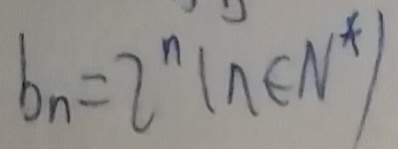
b _ { n } = 2 ^ { n } ( n \in N ^ { \ast } )